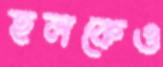
হলকেও